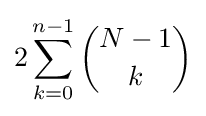
2\sum _{k=0}^{n-1}{\binom {N-1}{k}}